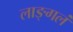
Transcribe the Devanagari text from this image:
लाङ्गलं